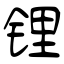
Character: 锂